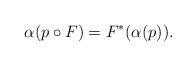
LaTeX: \begin{gather*} \alpha(p\circ F) = F^* (\alpha(p)) .\end{gather*}